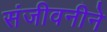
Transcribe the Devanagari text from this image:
संजीवनीने